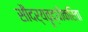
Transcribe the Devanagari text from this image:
सौंदर्यवॄद्धीकरिता